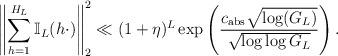
LaTeX: \begin{align*} \left\| \sum_{h=1}^{H_L} \mathbb{I}_L (h \cdot) \right\|_2^2 \ll (1+\eta)^L \exp\left( \frac{c_{\textup{abs}} \sqrt{\log (G_{L})}}{\sqrt{\log \log G_{L}}}\right).\end{align*}